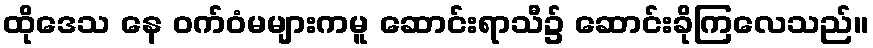
ထိုဒေသ နေ ဝက်ဝံမများကမူ ဆောင်းရာသီ၌ ဆောင်းခိုကြလေသည်။